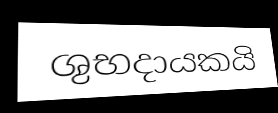
ශුභදායකයි